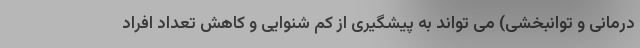
درمانی و توانبخشی) می تواند به پیشگیری از کم شنوایی و کاهش تعداد افراد